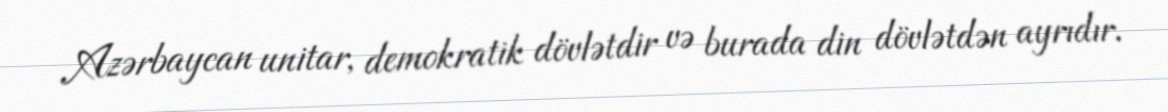
Azərbaycan unitar, demokratik dövlətdir və burada din dövlətdən ayrıdır.